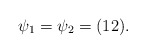
\begin{align*}\psi_1=\psi_2=(12).\end{align*}